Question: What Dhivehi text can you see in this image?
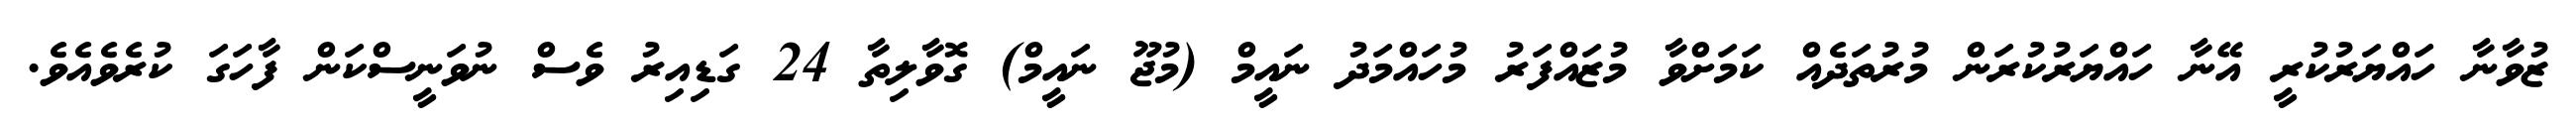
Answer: ޒުވާނާ ހައްޔަރުކުރީ އޭނާ ހައްޔަރުކުރަން މުރުތަދެއް ކަމަށްވާ މުޒައްފަރު މުހައްމަދު ނައީމް (މުޖޫ ނައީމް) ގޮވާލިތާ 24 ގަޑިއިރު ވެސް ނުވަނީސްކަން ފާހަގަ ކުރެވެއެވެ.